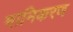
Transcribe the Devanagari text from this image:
मानिकरण